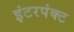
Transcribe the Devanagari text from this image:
इंटरपंक्ट